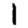
Digit: 1